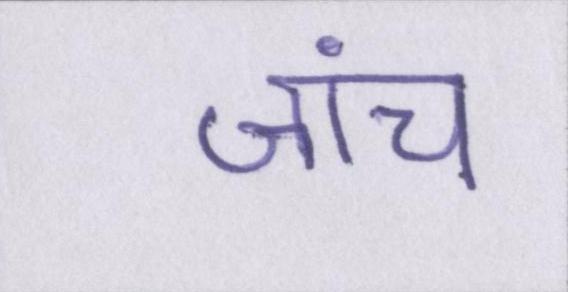
जांच